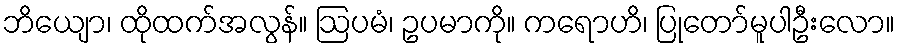
ဘိယျော၊ ထိုထက်အလွန်။ ဩပမံ၊ ဥပမာကို။ ကရောဟိ၊ ပြုတော်မူပါဦးလော။